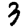
Digit: 3